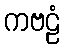
ကဗဠံ